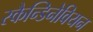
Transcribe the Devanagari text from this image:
स्कैन्डिनेवियन